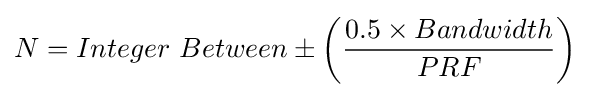
N=Integer\ Between\pm \left({\frac {0.5\times Bandwidth}{PRF}}\right)